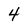
Character: 4